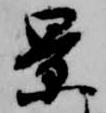
景